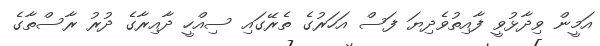
އަމީން ވިދާޅުވީ ފާއިތުވެދިޔަ ފަސް އަހަރުގެ ތެރޭގައި ސިއްހީ ދާއިރާގެ ދުރު ރާސްތާގެ